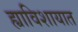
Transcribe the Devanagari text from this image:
ह्याविशायात